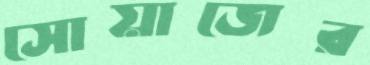
সোয়াজের